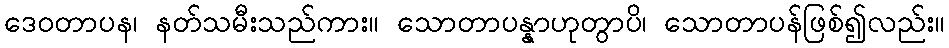
ဒေဝတာပန၊ နတ်သမီးသည်ကား။ သောတာပန္နာဟုတွာပိ၊ သောတာပန်ဖြစ်၍လည်း။